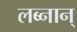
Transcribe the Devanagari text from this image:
लब्नान्